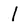
Character: 1